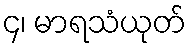
၄၊ မာရသံယုတ်